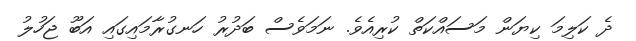
ދެ ކަލިމަ ކިޔަން މަސައްކަތް ކުރިއެވެ. ނަމަވެސް ބަދުރު ހަނގުރާމައިގައި އަބޫ ޖަހުލު